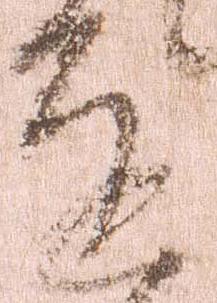
達